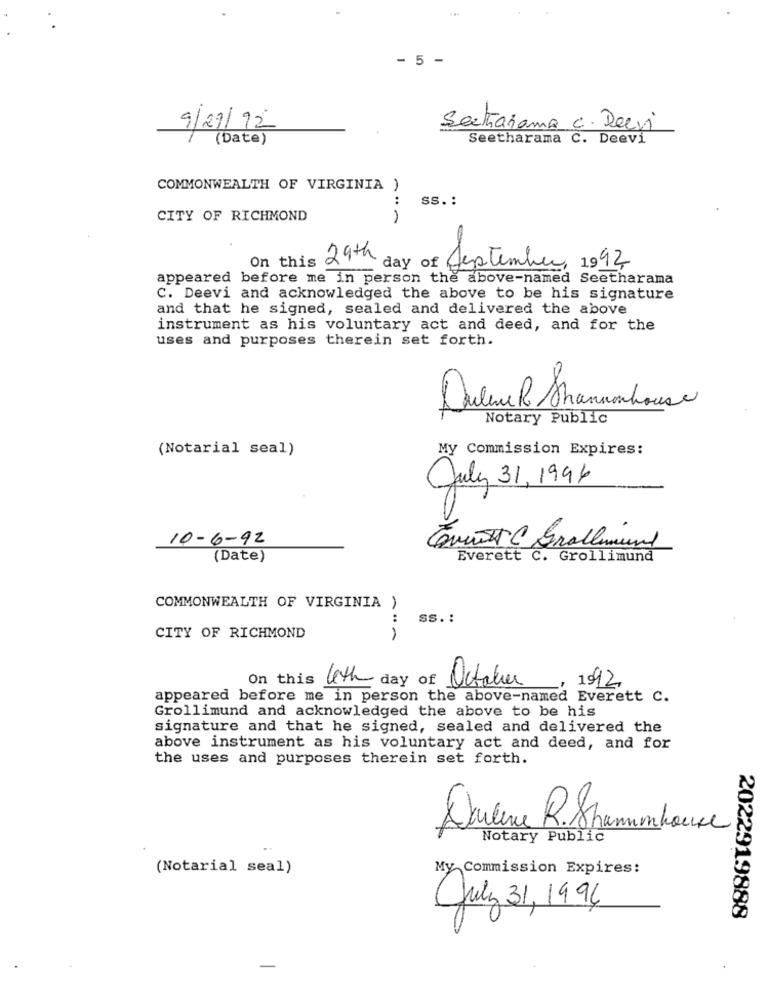
- 5 -
9/29/92
Sectraiana c. Deevi
(Date)
Seetharama C. Deevi
COMMONWEALTH OF VIRGINIA )
Ss. :
CITY OF RICHMOND
On this
29th day
September, 1992,
appeared before me in person the above-named Seetharama
C. Deevi and acknowledged the above to be his signature
and that he signed, sealed and delivered the above
instrument as his voluntary act and deed, and for the
uses and purposes therein set forth.
4
Notary Public
(Notarial seal)
My Commission Expires:
July 31, 1996
10-6-92
Trust C grallmund
(Date)
Everett C. Grollimund
COMMONWEALTH OF VIRGINIA )
:
Ss. :
CITY OF RICHMOND
On this
leth day of
1992
October
appeared before me in person the above-named Everett C.
Grollimund and acknowledged the above to be his
signature and that he signed, sealed and delivered the
above instrument as his voluntary act and deed, and for
the uses and purposes therein set forth.
Darlene R. Strammhouse
Notary Public
(Notarial seal)
My Commission Expires:
July 31, 1994
2022919888